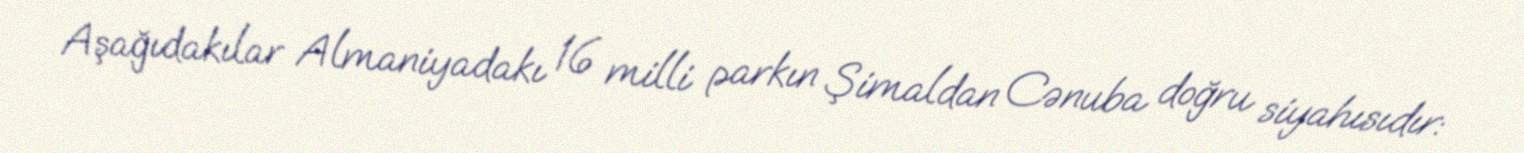
Aşağıdakılar Almaniyadakı 16 milli parkın Şimaldan Cənuba doğru siyahısıdır: